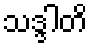
သဒ္ဒါတိ